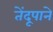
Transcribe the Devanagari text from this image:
तेंदूपाने